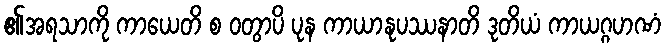
၏အရသာကို ကာယေတိ စ ဝတွာပိ ပုန ကာယာနုပဿနာတိ ဒုတိယံ ကာယဂ္ဂဟဏံ